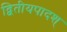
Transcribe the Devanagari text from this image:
द्वितीयपादश्